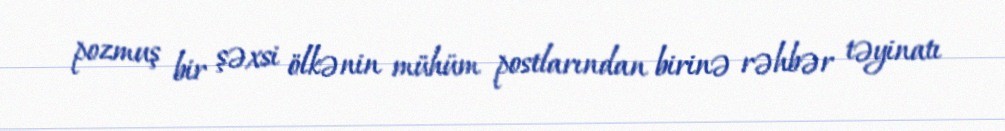
pozmuş bir şəxsi ölkənin mühüm postlarından birinə rəhbər təyinatı